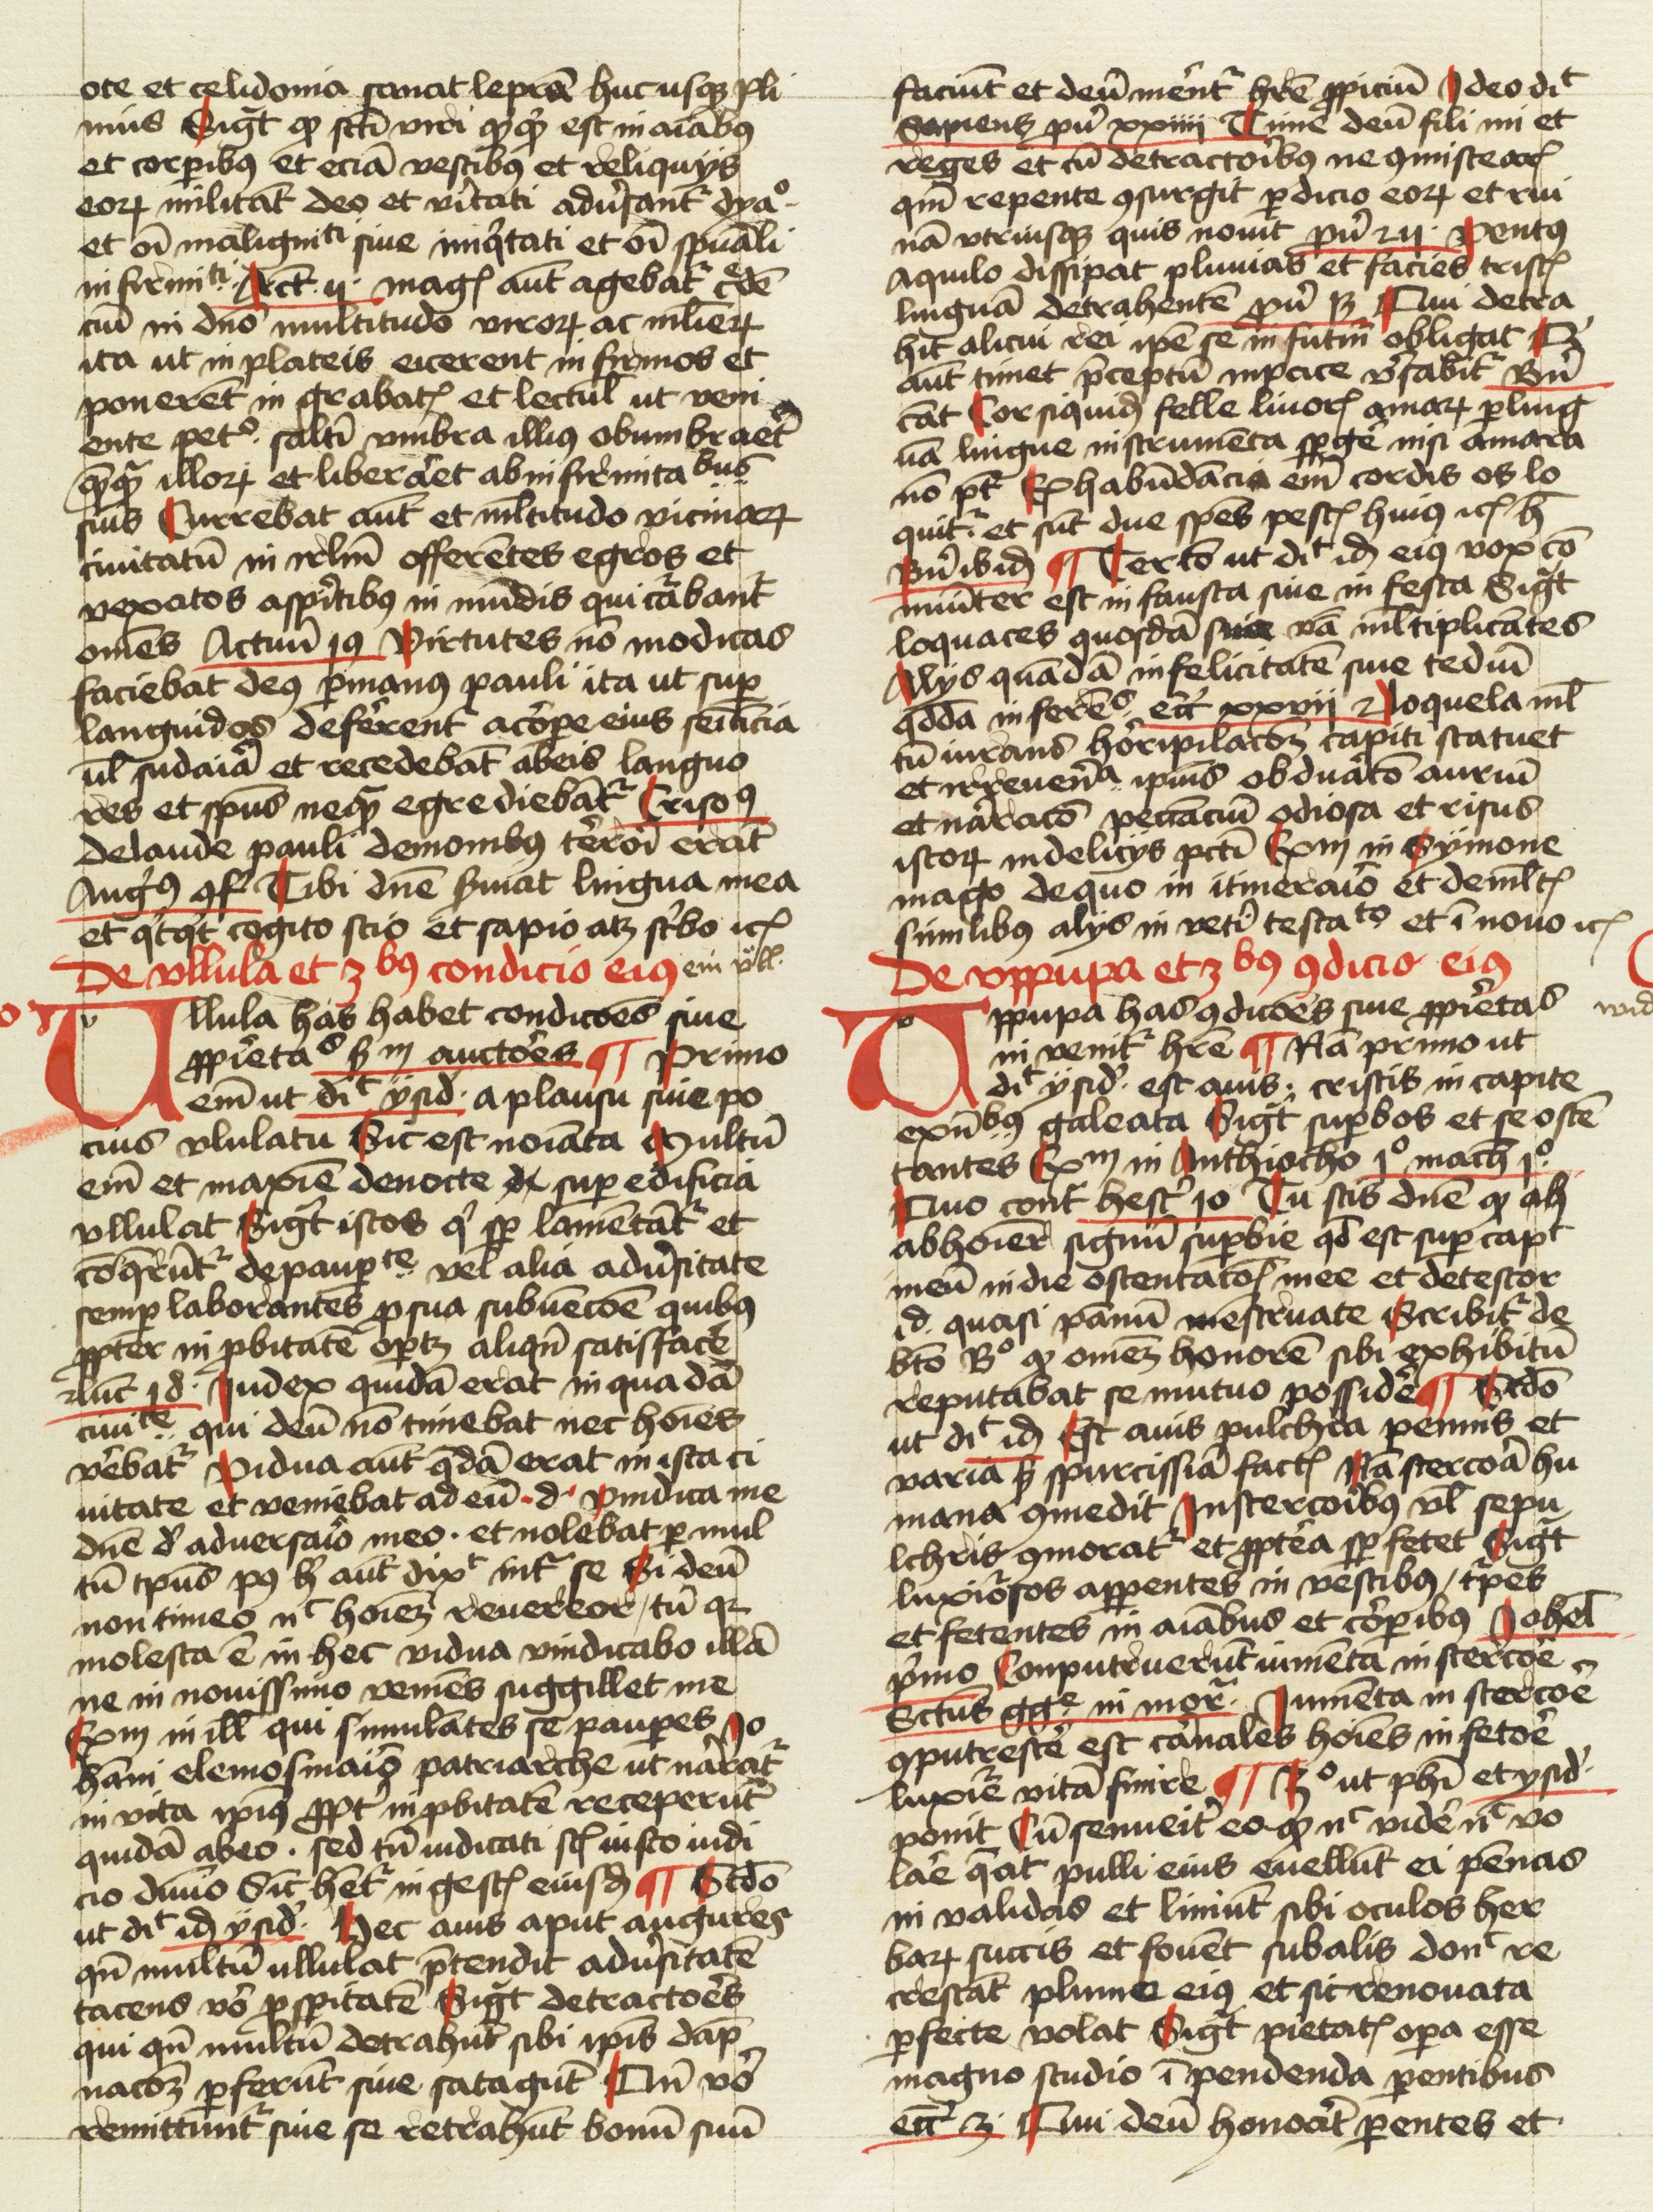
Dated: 1474–1474